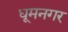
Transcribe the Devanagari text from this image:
धूमनगर